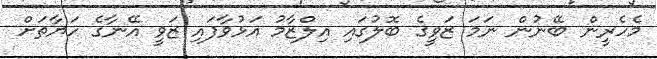
މެހެރީން ބޭނުން ނަމަ ޒަވީގެ ބޮލުގައި އިލްޒާމު އަޅުވާފައި ޒަވީ އޭނާގެ ހަޔާތަށް